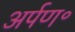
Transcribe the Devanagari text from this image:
अर्पण॰